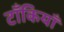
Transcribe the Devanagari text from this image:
टाँकियाँ